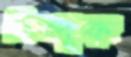
তিন্দুক